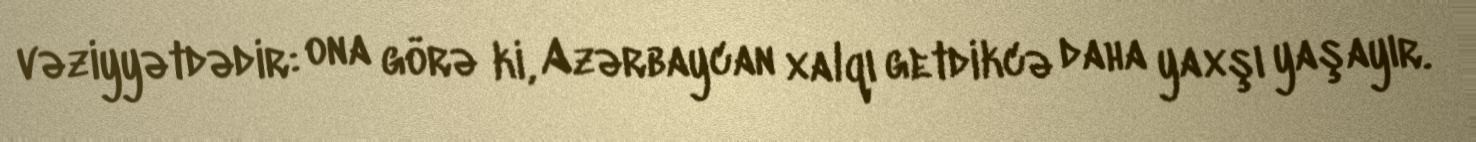
vəziyyətdədir: ona görə ki, Azərbaycan xalqı getdikcə daha yaxşı yaşayır.